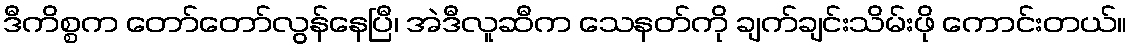
ဒီကိစ္စက တော်တော်လွန်နေပြီ၊ အဲဒီလူဆီက သေနတ်ကို ချက်ချင်းသိမ်းဖို ကောင်းတယ်။